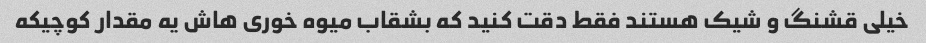
خیلی قشنگ و شیک هستند فقط دقت کنید که بشقاب میوه خوری هاش یه مقدار کوچیکه